Annual report on the working of the lock hospitals in the North-Western Provinces and Oudh
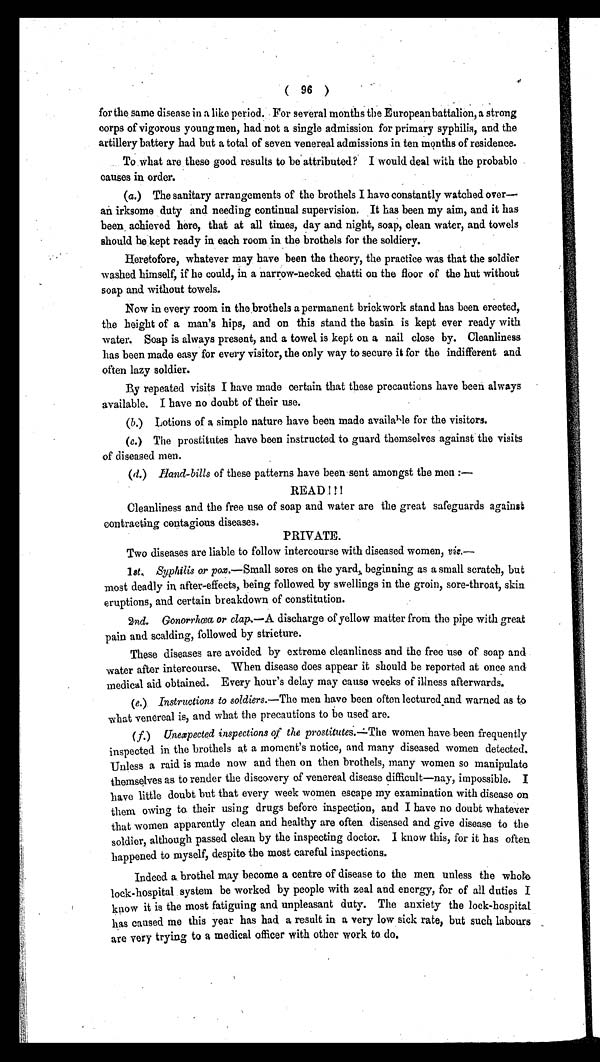
( 96 )
for the same disease in a like period. For several months the European battalion, a strong
corps of vigorous young men, had not a single admission for primary syphilis, and the
artillery battery had but a total of seven venereal admissions in ten months of residence.
To what are these good results to be attributed? I would deal with the probable
causes in order.
(a.) The sanitary arrangements of the brothels I have constantly watched over—
an irksome duty and needing continual supervision. It has been my aim, and it has
been achieved here, that at all times, day and night, soap, clean water, and towels
should he kept ready in each room in the brothels for the soldiery.
Heretofore, whatever may have been the theory, the practice was that the soldier
washed himself, if he could, in a narrow-necked chatti on the floor of the hut without
soap and without towels.
Now in every room in the brothels a permanent brickwork stand has been erected,
the height of a man's hips, and on this stand the basin is kept ever ready with
water. Soap is always present, and a towel is kept on a nail close by. Cleanliness
has been made easy for every visitor, the only way to secure it for the indifferent and
often lazy soldier.
By repeated visits I have made certain that these precautions have been always
available. I have no doubt of their use.
(b.) Lotions of a simple nature have been made available for the visitors.
(c.) The prostitutes have been instructed to guard themselves against the visits
of diseased men.
(d.) Hand-bills of these patterns have been sent amongst the men :—
READ !!!
Cleanliness and the free use of soap and water are the great safeguards against
contracting contagious diseases.
PRIVATE.
Two diseases are liable to follow intercourse with diseased women, viz.
—
1 st. Syphilis or pox.—Small sores on the yard, beginning as a small scratch, but
most deadly in after-effects, being followed by swellings in the groin, sore-throat, skin
eruptions, and certain breakdown of constitution.
2
nd. Gonorrhœa or clap.—A discharge of yellow matter from the pipe with great
pain and scalding, followed by stricture.
These diseases are avoided by extreme cleanliness and the free use of soap and
water after intercourse. When disease does appear it should be reported at once and
medical aid obtained. Every hour's delay may cause weeks of illness afterwards.
(e.) Instructions to soldiers.—The men have been often lectured and warned as to
what venereal is, and what the precautions to be used are.
( f.) Unexpected inspections of the prostitutes.— The women have been frequently
inspected in the brothels at a moment's notice, and many diseased women detected.
Unless a raid is made now and then on then brothels, many women so manipulate
themselves as to render the discovery of venereal disease difficult—nay, impossible. I
have little doubt but that every week women escape my examination with disease on
them owing to their using drugs before inspection, and I have no doubt whatever
that women apparently clean and healthy are often diseased and give disease to the
soldier, although passed clean by the inspecting doctor. I know this, for it has often
happened to myself, despite the most careful inspections.
Indeed a brothel may become a centre of disease to the men unless the whole
lock-hospital system be worked by people with zeal and energy, for of all duties I
know it is the most fatiguing and unpleasant duty. The anxiety the lock-hospital
has caused me this year has had a result in a very low sick rate, but such labours
are very trying to a medical officer with other work to do.